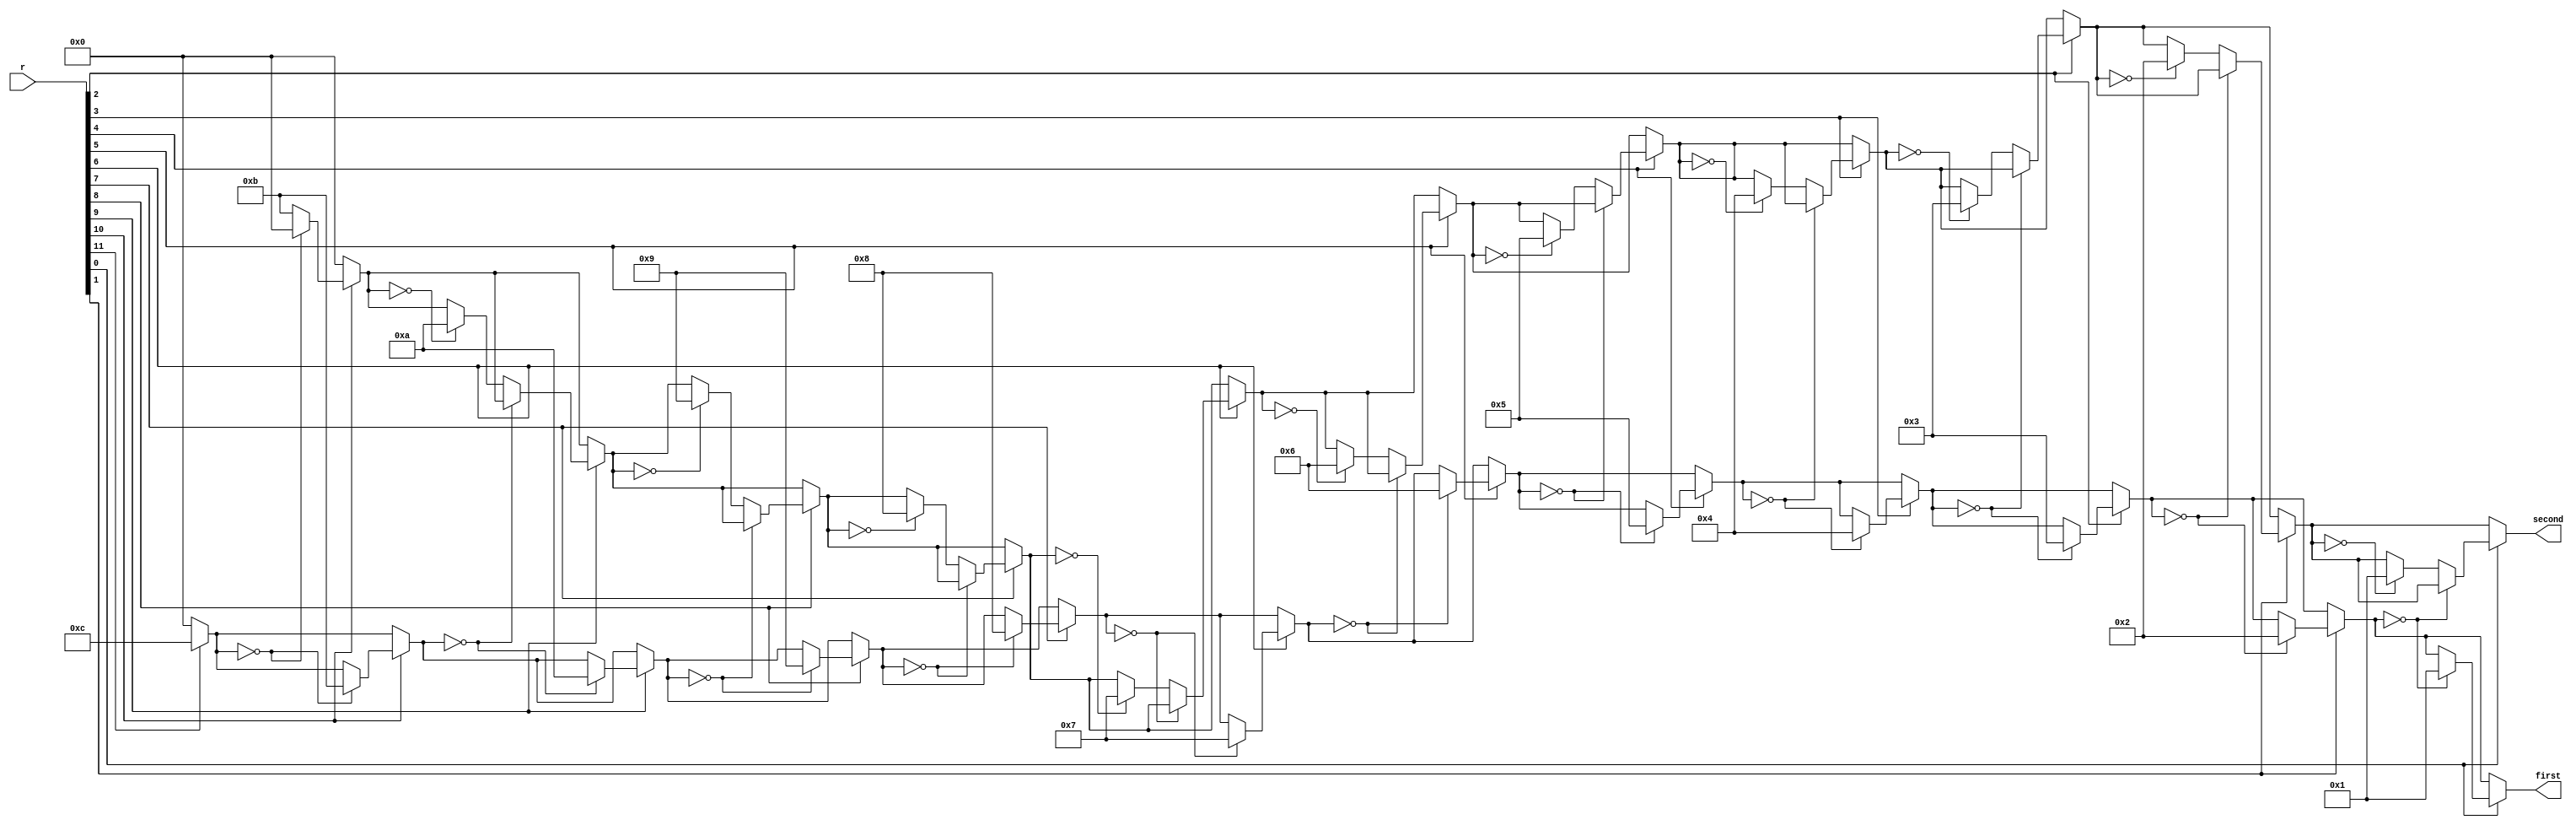
// 12-bit dual-priority encoder

module dual_prio_encoder
    (
    input  wire[12:1] r,
    output reg[3:0]   first, second
    );

    always @*
    begin
        // default values
        first  = 0;
        second = 0;
        if (r[12])
            begin
                if (first == 4'b0000)       first  = 12;
                else if (second == 4'b0000) second = 12;
            end
        if (r[11])
            begin
                if (first == 4'b0000)       first  = 11;
                else if (second == 4'b0000) second = 11;
            end
        if (r[10])
            begin
                if (first == 4'b0000)       first  = 10;
                else if (second == 4'b0000) second = 10;
            end
        if (r[9])
            begin
                if (first == 4'b0000)       first  = 9;
                else if (second == 4'b0000) second = 9;
            end
        if (r[8])
            begin
                if (first == 4'b0000)       first  = 8;
                else if (second == 4'b0000) second = 8;
            end
        if (r[7])
            begin
                if (first == 4'b0000)       first  = 7;
                else if (second == 4'b0000) second = 7;
            end
        if (r[6])
            begin
                if (first == 4'b0000)       first  = 6;
                else if (second == 4'b0000) second = 6;
            end
        if (r[5])
            begin
                if (first == 4'b0000)       first  = 5;
                else if (second == 4'b0000) second = 5;
            end
        if (r[4])
            begin
                if (first == 4'b0000)       first  = 4;
                else if (second == 4'b0000) second = 4;
            end
        if (r[3])
            begin
                if (first == 4'b0000)       first  = 3;
                else if (second == 4'b0000) second = 3;
            end
        if (r[2])
            begin
                if (first == 4'b0000)       first  = 2;
                else if (second == 4'b0000) second = 2;
            end
        if (r[1])
            begin
                if (first == 4'b0000)       first  = 1;
                else if (second == 4'b0000) second = 1;
            end
    end
endmodule